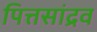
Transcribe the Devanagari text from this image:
पित्तसांद्रव